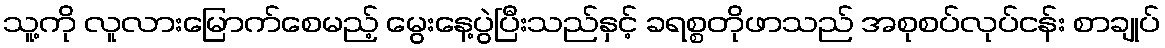
သူ့ကို လူလားမြောက်စေမည့် မွေးနေ့ပွဲပြီးသည်နှင့် ခရစ္စတိုဖာသည် အစုစပ်လုပ်ငန်း စာချုပ်